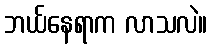
ဘယ်နေရာက လာသလဲ။